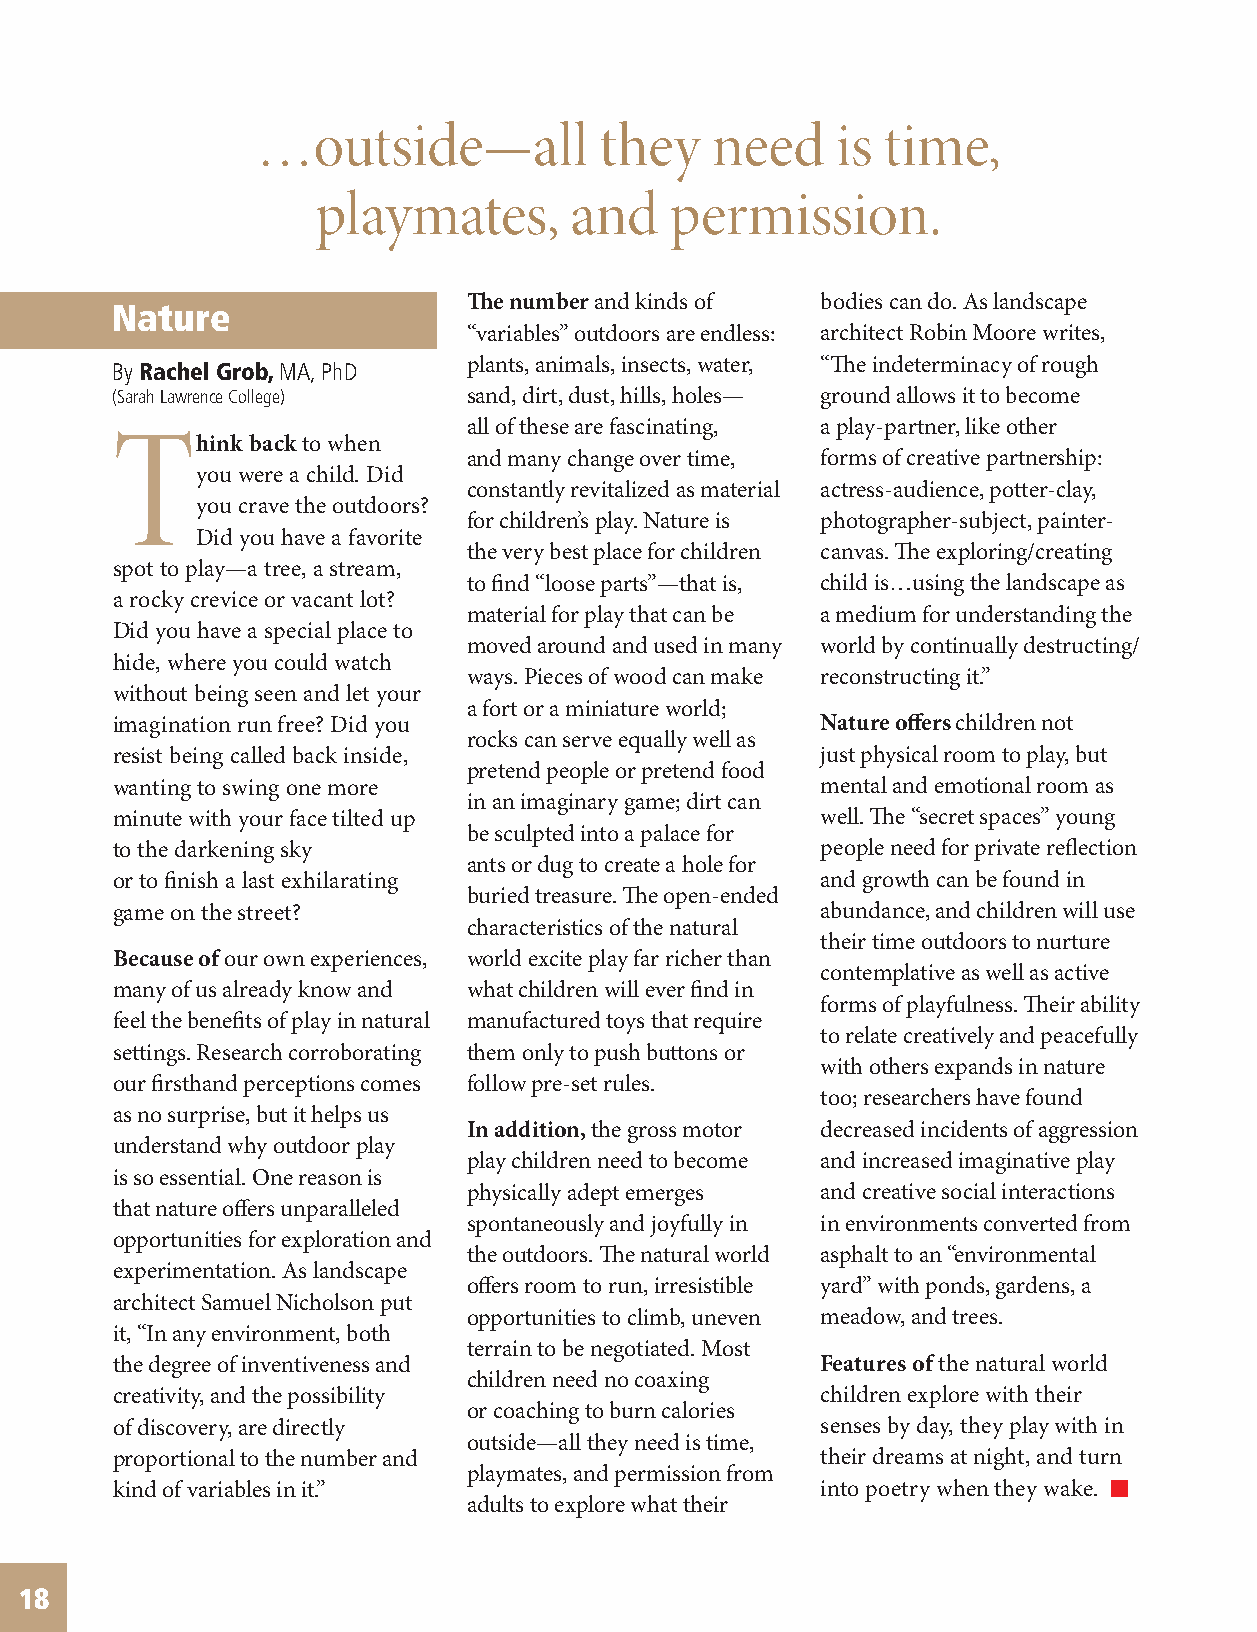
…outside—all           they   need    is time,
 playmates,       and   permission.
 The number and kinds of bodies can do. As landscape
 Nature
 “variables” outdoors are endless: architect Robin Moore writes,
 By Rachel Grob, MA, PhD plants, animals, insects, water, “The indeterminacy of rough
 (Sarah Lawrence College) sand, dirt, dust, hills, holes— ground allows it to become
 all of these are fascinating, a play-partner, like other
 Think    back to when
 and many change over time, forms of creative partnership:
 you were a child. Did
 constantly revitalized as material actress-audience, potter-clay,
 you crave the outdoors?
 for children’s play. Nature is photographer-subject, painter-
 Did you have a favorite
 the very best place for children canvas. The exploring/creating
 spot to play—a tree, a stream,
 to find “loose parts”—that is, child is…using the landscape as
 a rocky crevice or vacant lot?
 material for play that can be a medium for understanding the
 Did you have a special place to
 moved around and used in many world by continually destructing/
 hide, where you could watch
 ways. Pieces of wood can make reconstructing it.”
 without being seen and let your
 a fort or a miniature world;
 imagination run free? Did you                  Nature offers children not
 rocks can serve equally well as
 resist being called back inside,               just physical room to play, but
 pretend people or pretend food
 wanting to swing one more                      mental and emotional room as
 in an imaginary game; dirt can
 minute with your face tilted up                well. The “secret spaces” young
 be sculpted into a palace for
 to the darkening sky                           people need for private reflection
 ants or dug to create a hole for
 or to finish a last exhilarating               and growth can be found in
 buried treasure. The open-ended
 game on the street?                            abundance, and children will use
 characteristics of the natural
 their time outdoors to nurture
 Because of our own experiences, world excite play far richer than
 contemplative as well as active
 many of us already know and what children will ever find in
 forms of playfulness. Their ability
 feel the benefits of play in natural manufactured toys that require
 to relate creatively and peacefully
 settings. Research corroborating them only to push buttons or
 with others expands in nature
 our firsthand perceptions comes follow pre-set rules.
 too; researchers have found
 as no surprise, but it helps us
 In addition, the gross motor decreased incidents of aggression
 understand why outdoor play
 play children need to become and increased imaginative play
 is so essential. One reason is
 physically adept emerges and creative social interactions
 that nature offers unparalleled
 spontaneously and joyfully in in environments converted from
 opportunities for exploration and
 the outdoors. The natural world asphalt to an “environmental
 experimentation. As landscape
 offers room to run, irresistible yard” with ponds, gardens, a
 architect Samuel Nicholson put
 opportunities to climb, uneven meadow, and trees.
 it, “In any environment, both
 terrain to be negotiated. Most
 the degree of inventiveness and                Features of the natural world
 children need no coaxing
 creativity, and the possibility                children explore with their
 or coaching to burn calories
 of discovery, are directly                     senses by day, they play with in
 outside—all they need is time,
 proportional to the number and                 their dreams at night, and turn
 playmates, and permission from
 kind of variables in it.”                      into poetry when they wake.
 adults to explore what their
 18